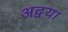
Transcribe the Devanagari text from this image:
अद्वया